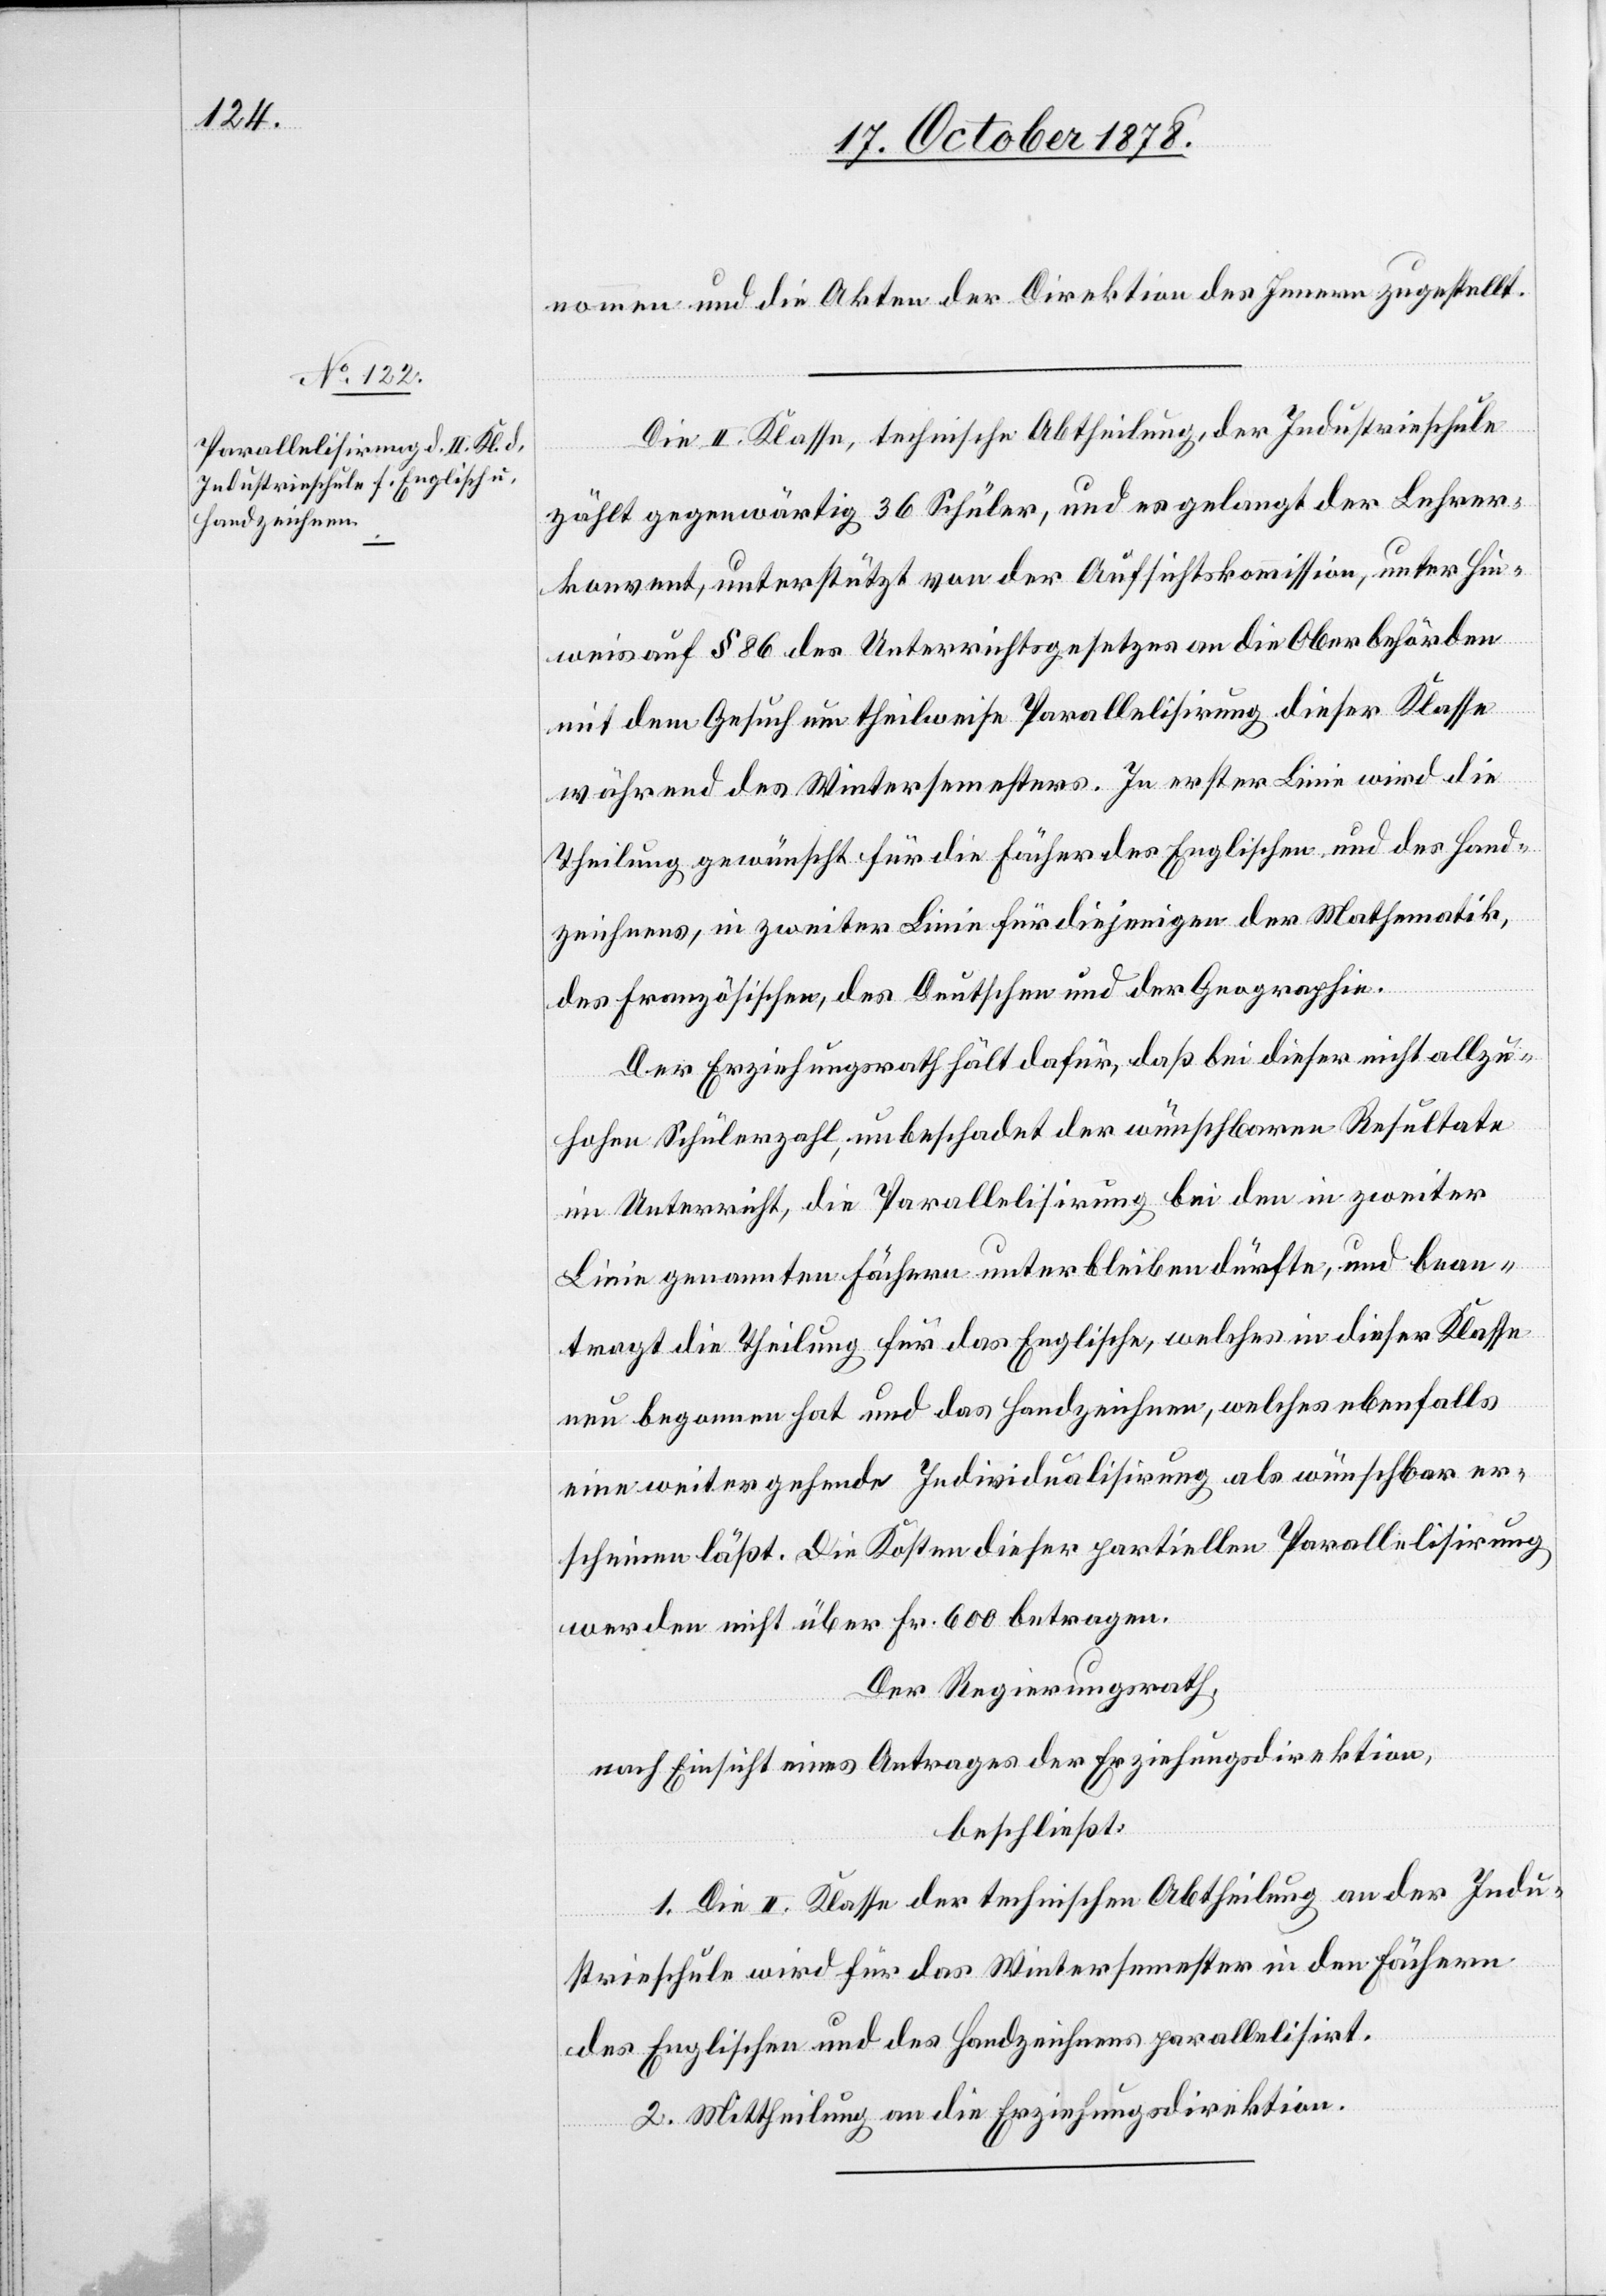
nommen und die Akten der Direktion des Innern zugestellt.
Die II. Klasse, technische Abtheilung der Industrieschule
zählt gegenwärtig 36 Schüler, und es gelangt der Lehrer¬
konvent, unterstützt von der Aufsichtskommission, unter Hin¬
weis auf § 86 des Unterrichtsgesetzes an die Oberbehörden
mit dem Gesuch um theilweise Parallelisirung dieser Klasse
während des Wintersemesters. In erster Linie wird die
Theilung gewünscht für die Fächer des Englischen und des Hand¬
zeichnens, in zweiter Linie für diejenigen der Mathematik,
des Französischen, des Deutschen und der Geografie.
Der Erziehungsrath hält dafür, daß bei dieser nicht allzu¬
hohen Schülerzahl, unbeschadet der wünschbaren Resultate
im Unterricht, die Parallelisirung bei den in zweiter
Linie genannten Fächern unterbleiben dürfte, und bean¬
tragt die Theilung für das Englische, welches in dieser Klasse
neu begonnen hat und das Handzeichnen, welches ebenfalls
eine weitergehende Individualisirung als wünschbar er¬
scheinen läßt. Die Kosten dieser partiellen Parallelisirung
werden nicht über Fr. 600 betragen.
Der Regierungsrath,
nach Einsicht eines Antrages der Erziehungsdirektion,
beschließt:
1. Die II. Klasse der technischen Abtheilung an der Indu¬
strieschule wird für das Wintersemester in den Fächern
des Englischen und des Handzeichnens parallelisirt.
2. Mittheilung an die Erziehungsdirektion.